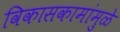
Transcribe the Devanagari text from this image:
विकासकामांमुळे